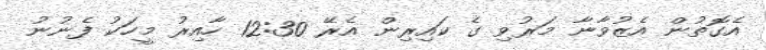
އެގޮތުން އެޒުވާނާ މަރުވި ގެ ކައިރިން އެރޭ 12:30 ހާއިރު މީހަކު ފެނުނު